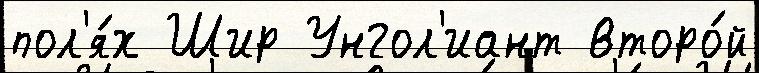
пол'я́х Шир Унгол'иант второ́й